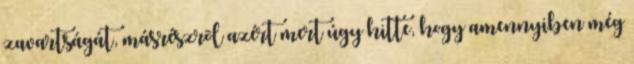
zavartságát, másrészrõl azért mert úgy hitte, hogy amennyiben még